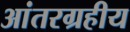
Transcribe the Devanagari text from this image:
आंतरग्रहीय